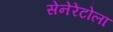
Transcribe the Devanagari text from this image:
सेनेरेंटोला